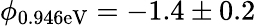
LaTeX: \phi_{\mathrm{0.946eV}}=-1.4\pm 0.2